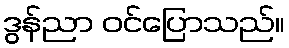
ဒွန်ညာ ဝင်ပြောသည်။